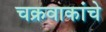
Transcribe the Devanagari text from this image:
चक्रवाकांचे